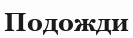
Подожди